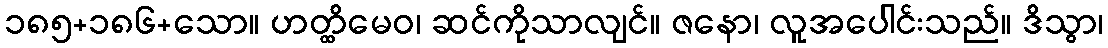
၁၈၅+၁၈၆+သော။ ဟတ္ထိမေဝ၊ ဆင်ကိုသာလျင်။ ဇနော၊ လူအပေါင်းသည်။ ဒိသွာ၊